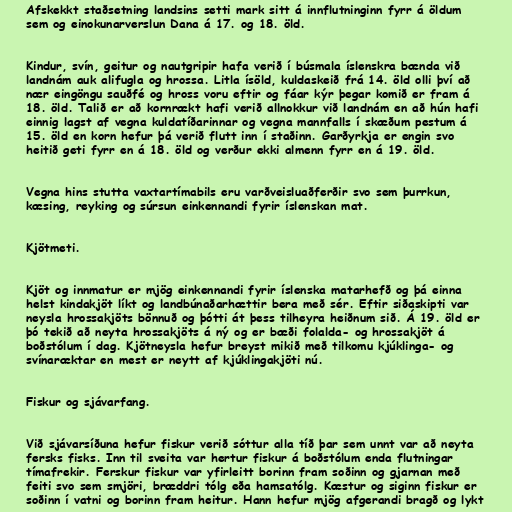
Afskekkt staðsetning landsins setti mark sitt á innflutninginn fyrr á öldum
sem og einokunarverslun Dana á 17. og 18. öld.

Kindur, svín, geitur og nautgripir hafa verið í búsmala íslenskra bænda við
landnám auk alifugla og hrossa. Litla ísöld, kuldaskeið frá 14. öld olli því að
nær eingöngu sauðfé og hross voru eftir og fáar kýr þegar komið er fram á
18. öld. Talið er að kornrækt hafi verið allnokkur við landnám en að hún hafi
einnig lagst af vegna kuldatíðarinnar og vegna mannfalls í skæðum pestum á
15. öld en korn hefur þá verið flutt inn í staðinn. Garðyrkja er engin svo
heitið geti fyrr en á 18. öld og verður ekki almenn fyrr en á 19. öld.

Vegna hins stutta vaxtartímabils eru varðveisluaðferðir svo sem þurrkun,
kæsing, reyking og súrsun einkennandi fyrir íslenskan mat.

Kjötmeti.

Kjöt og innmatur er mjög einkennandi fyrir íslenska matarhefð og þá einna
helst kindakjöt líkt og landbúnaðarhættir bera með sér. Eftir siðaskipti var
neysla hrossakjöts bönnuð og þótti át þess tilheyra heiðnum sið. Á 19. öld er
þó tekið að neyta hrossakjöts á ný og er bæði folalda- og hrossakjöt á
boðstólum í dag. Kjötneysla hefur breyst mikið með tilkomu kjúklinga- og
svínaræktar en mest er neytt af kjúklingakjöti nú.

Fiskur og sjávarfang.

Við sjávarsíðuna hefur fiskur verið sóttur alla tíð þar sem unnt var að neyta
fersks fisks. Inn til sveita var hertur fiskur á boðstólum enda flutningar
tímafrekir. Ferskur fiskur var yfirleitt borinn fram soðinn og gjarnan með
feiti svo sem smjöri, bræddri tólg eða hamsatólg. Kæstur og siginn fiskur er
soðinn í vatni og borinn fram heitur. Hann hefur mjög afgerandi bragð og lykt